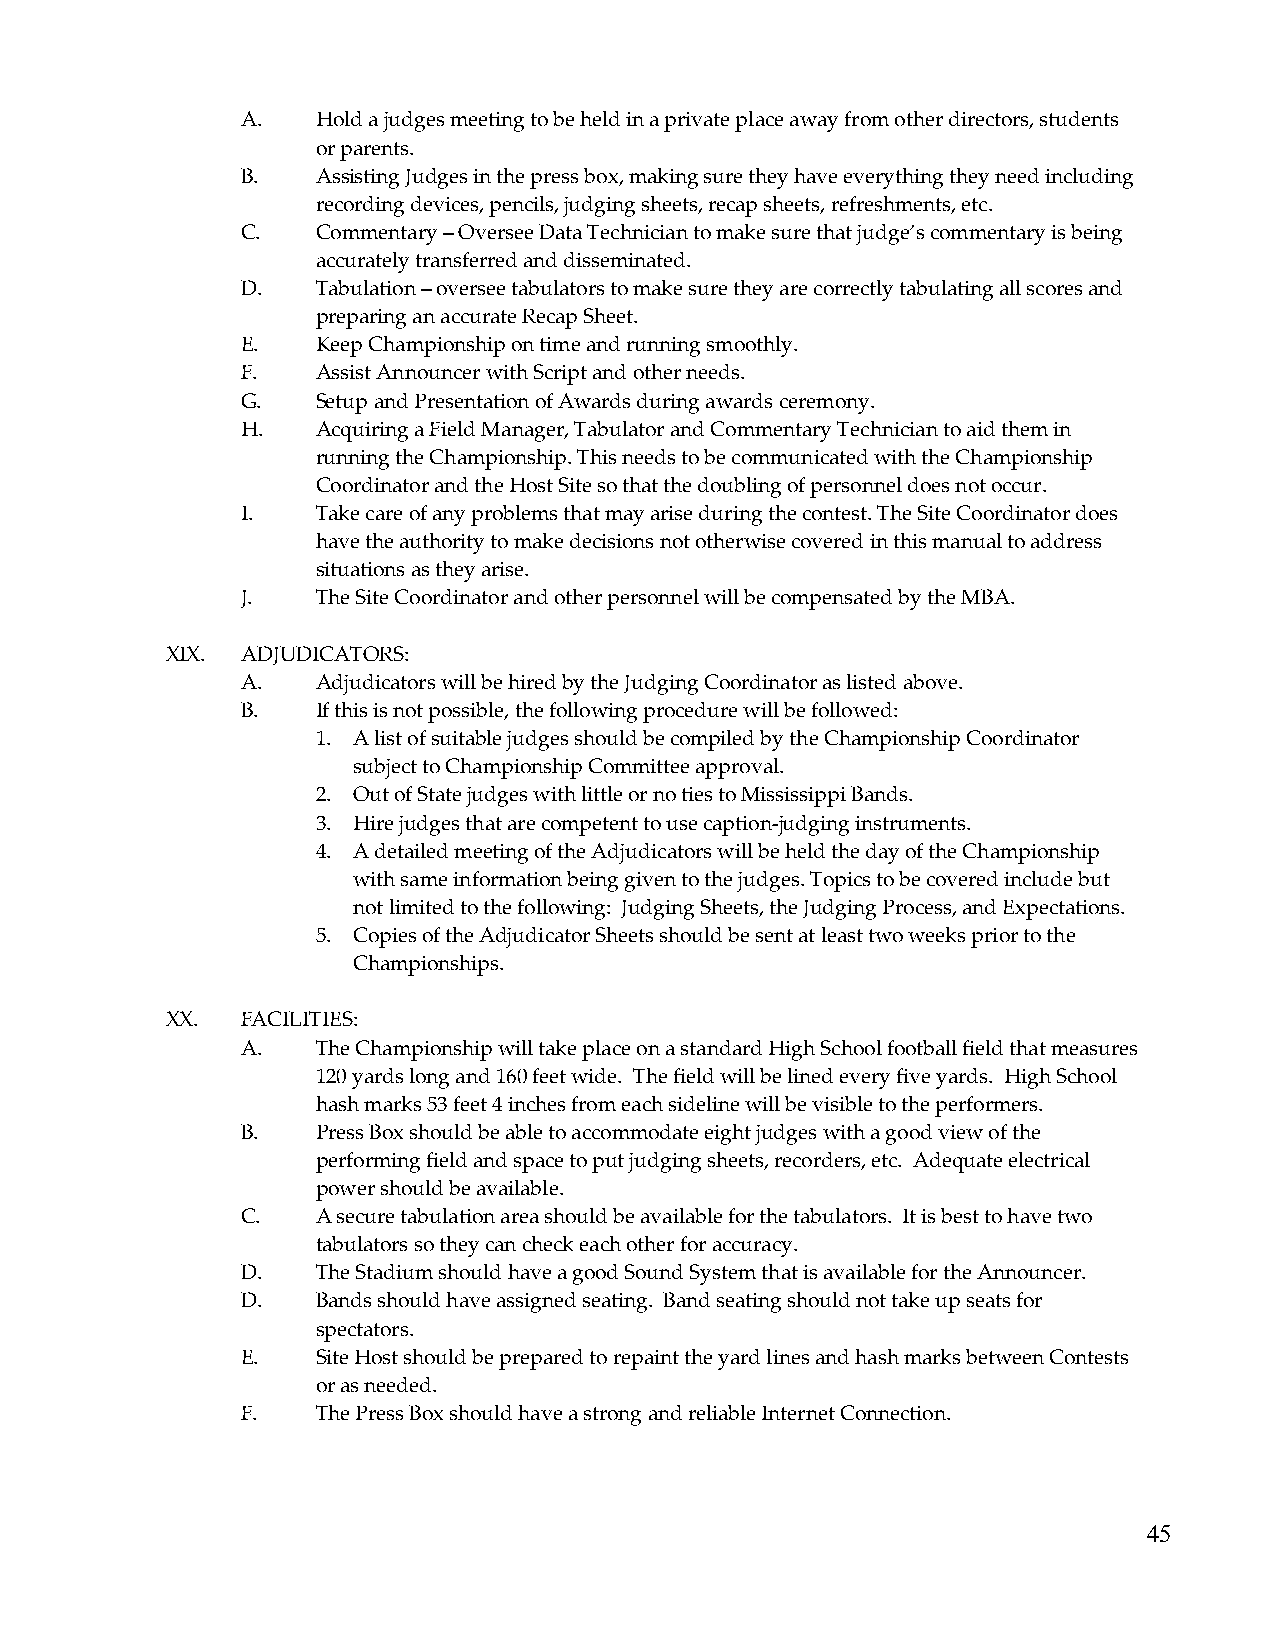
A.   Hold a judges meeting to be held in a private place away from other directors, students
 or parents.
 B.   Assisting Judges in the press box, making sure they have everything they need including
 recording devices, pencils, judging sheets, recap sheets, refreshments, etc.
 C.   Commentary – Oversee Data Technician to make sure that judge’s commentary is being
 accurately transferred and disseminated.
 D.   Tabulation – oversee tabulators to make sure they are correctly tabulating all scores and
 preparing an accurate Recap Sheet.
 E.   Keep Championship on time and running smoothly.
 F.   Assist Announcer with Script and other needs.
 G.   Setup and Presentation of Awards during awards ceremony.
 H.   Acquiring a Field Manager, Tabulator and Commentary Technician to aid them in
 running the Championship. This needs to be communicated with the Championship
 Coordinator and the Host Site so that the doubling of personnel does not occur.
 I.   Take care of any problems that may arise during the contest. The Site Coordinator does
 have the authority to make decisions not otherwise covered in this manual to address
 situations as they arise.
 J.   The Site Coordinator and other personnel will be compensated by the MBA.
 XIX. ADJUDICATORS:
 A.   Adjudicators will be hired by the Judging Coordinator as listed above.
 B.   If this is not possible, the following procedure will be followed:
 1. A list of suitable judges should be compiled by the Championship Coordinator
 subject to Championship Committee approval.
 2. Out of State judges with little or no ties to Mississippi Bands.
 3. Hire judges that are competent to use caption-judging instruments.
 4. A detailed meeting of the Adjudicators will be held the day of the Championship
 with same information being given to the judges. Topics to be covered include but
 not limited to the following: Judging Sheets, the Judging Process, and Expectations.
 5. Copies of the Adjudicator Sheets should be sent at least two weeks prior to the
 Championships.
 XX.  FACILITIES:
 A.   The Championship will take place on a standard High School football field that measures
 120 yards long and 160 feet wide. The field will be lined every five yards. High School
 hash marks 53 feet 4 inches from each sideline will be visible to the performers.
 B.   Press Box should be able to accommodate eight judges with a good view of the
 performing field and space to put judging sheets, recorders, etc. Adequate electrical
 power should be available.
 C.   A secure tabulation area should be available for the tabulators. It is best to have two
 tabulators so they can check each other for accuracy.
 D.   The Stadium should have a good Sound System that is available for the Announcer.
 D.   Bands should have assigned seating. Band seating should not take up seats for
 spectators.
 E.   Site Host should be prepared to repaint the yard lines and hash marks between Contests
 or as needed.
 F.   The Press Box should have a strong and reliable Internet Connection.
 45